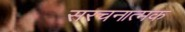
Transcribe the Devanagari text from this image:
सरचनात्मक